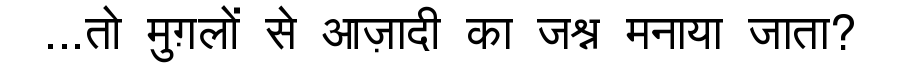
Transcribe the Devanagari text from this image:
...तो मुग़लों से आज़ादी का जश्न मनाया जाता?